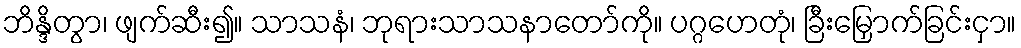
ဘိန္ဒိတွာ၊ ဖျက်ဆီး၍။ သာသနံ၊ ဘုရားသာသနာတော်ကို။ ပဂ္ဂဟေတုံ၊ ခြီးမြှောက်ခြင်းငှာ။